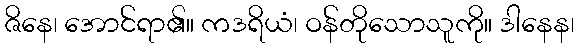
ဇိနေ၊ အောင်ရာ၏။ ကဒရိယံ၊ ဝန်တိုသောသူကို။ ဒါနေန၊